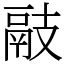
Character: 䰙